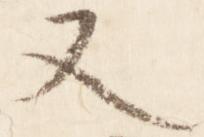
又